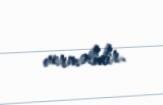
verməlidir.